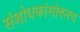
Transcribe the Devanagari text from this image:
संशोधकांसोबतच